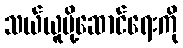
သယ်ယူပို့ဆောင်ရေးကို